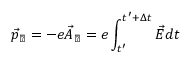
\vec { p } _ { \perp } = - e \vec { A } _ { \perp } = e \int _ { t ^ { \prime } } ^ { t ^ { \prime } + \Delta t } \vec { E } d t